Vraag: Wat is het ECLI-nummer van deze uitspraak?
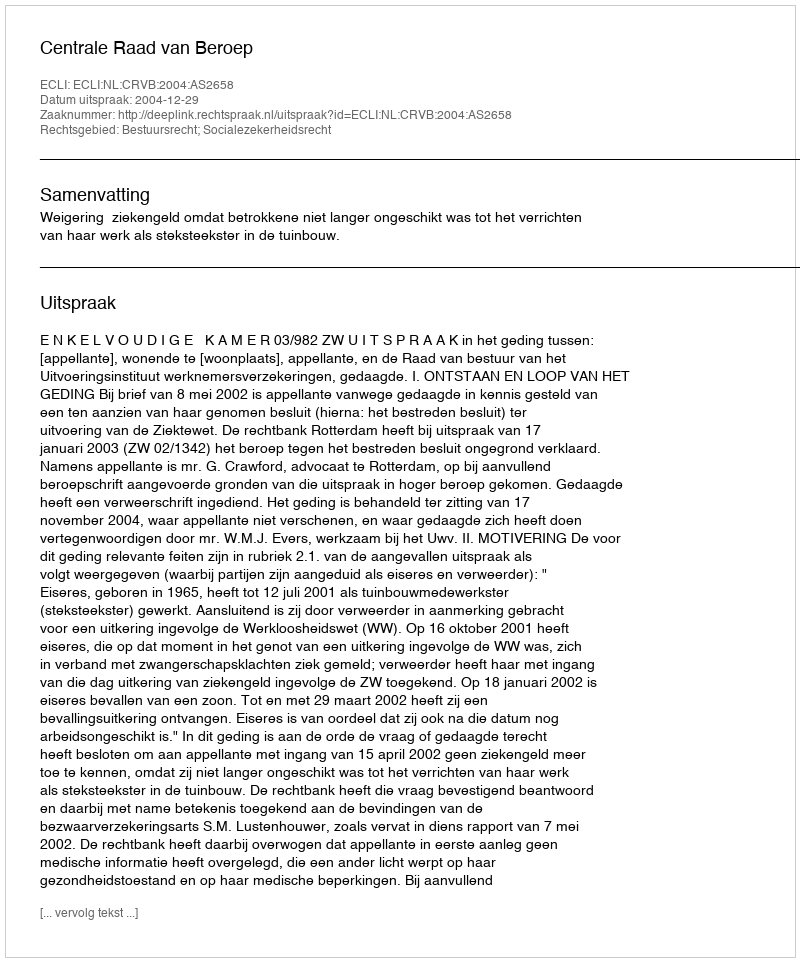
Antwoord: ECLI:NL:CRVB:2004:AS2658